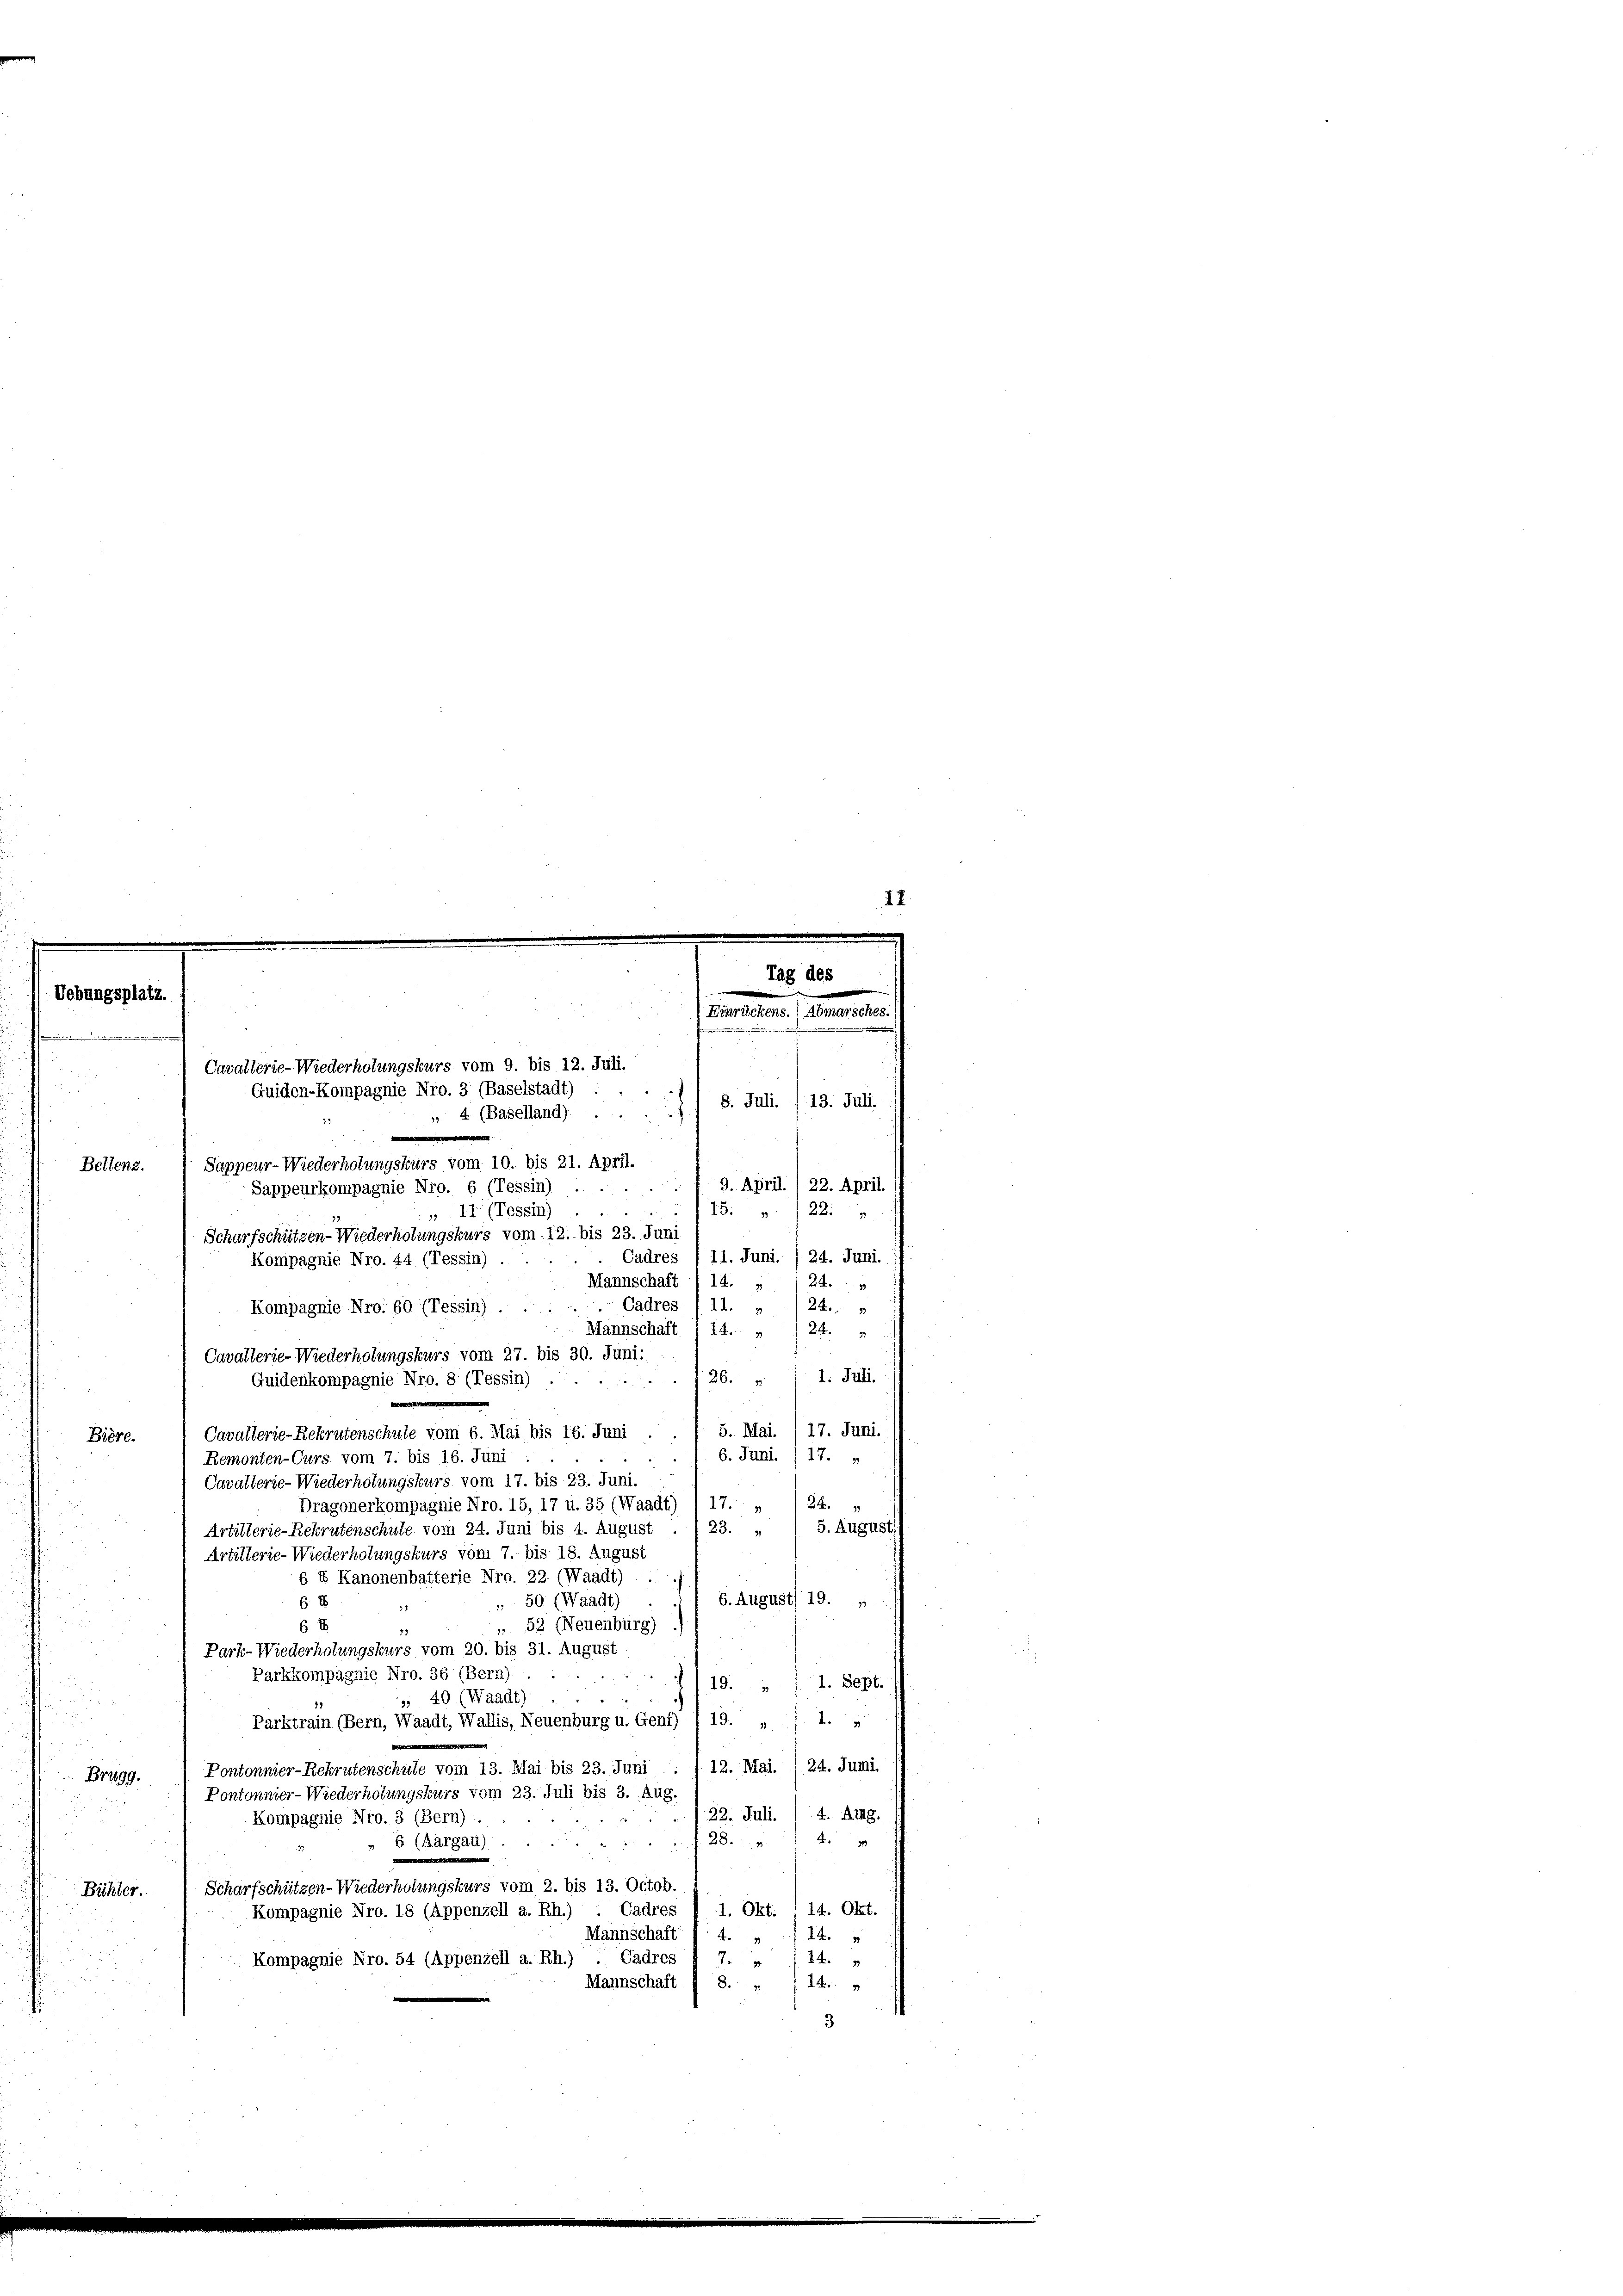
II
Tag des
er
Uebungsplatz.
(Einrückens.) Abmarsches.
 eine
e
Cavallerie-Wiederholungskurs vom 9. bis 12. Juli.

Guiden-Kompagnie Nro. 3 (Baselstadt)
Sappeur- Wiederholungskurs vom 10. bis 21. April.
Bellenz.
Sappeurkompagnie Nro. 6 (Tessin) .....
 11 (Tessin).
Scharfschützen-Wiederholungskurs vom 12. bis 23. Juni

9. April. / 22. April.
13. 22.
Cadres I 11. Juni. (24. Juni.
Mannschaft I 14. „ / 24.
24.
24. 2
1. Juli
126 x
17. Juni.
5. Mai.
Cavallerie-Rekrutenschule vom 6. Mai bis 16. Juni ..
Biere.
6. Juni. / 17.
Remonten-Curs vom 7. bis 16. Juni
Cavalterie-Wiederholungskurs vom 17. bis 23. Juni.
Dragonerkompagnie Nro. 15, 17 u. 35 (Waadt) 1 17. „ / 24.
5. August
23.
Artillerie-Rekrutenschute vom 24. Juni bis 4. August
Artillerie-Wiederholungskurs vom 7. bis 18. August
s u Kanonenbatterie Nro. 22 (Waadt)
6.August 19. „
" 50 (Waadt)
6
6 E
 52 (Neuenburg)
Park-Wiederholungskurs vom 20. bis 31. August
Parkkompagnie Nro. 36 (Bern).
.
19.   1. Sept.
e
5, 40 (Waadt)
Parktrain (Bern, Waadt, Wallis, Neuenburg u. Genf) , 19. „ ./. 1. »
d.
12. Mai. /24. Juni
Pontonnier-Rekrutenschule vom 13. Mai bis 23. Juni
Brugg.
Pontonnier-Wiederholungskurs vom 23. Juli bis 3. Aug.
/22. Juli. (4. Aug.
Kompagnie No. 3 (Bern).
42
28.
6 (Aargau) ..
3
Scharfschützen- Wiederholungskurs vom 2. bis 13. Octob.
Bühler.
14. Okt.
Kompagnie Nro. 18 (Appenzell a. Rh.) Cadres I 1. Okt.
Mannschaft
14.
44
Je
14.
Kompagnie Nro. 54 (Appenzell a. Rh.) . Cadres
Mannschaft
8.
14.
3

4 (Baselland).
Kompagnie Nro. 44 (Tessin).
Kompagnie Nro. 60 (Tessin) . . . . . Cadres 1 11. „
Mannschaft I 14. „
Cavallerie-Wiederholungskurs vom 27. bis 30. Juni:
Guidenkompagnie Nro. 8 (Tessin)

) 8. Juli 13. Juli.